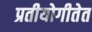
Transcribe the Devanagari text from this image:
प्रतीयोगीतेत